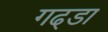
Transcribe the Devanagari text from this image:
गढ्‌डा